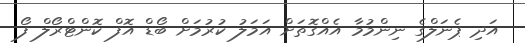
އަދި ޕެނަލްގެ ނިންމުމާ އެއްގޮތަށް އަމަލު ކުރުމަށް ބޯޑް އޮފް ކޮންޓްރޯލް ފޯ